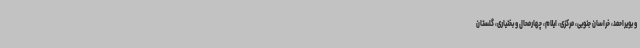
و بویراحمد، خراسان جنوبی، مرکزی، ایلام، چهارمحال و بختیاری، گلستان